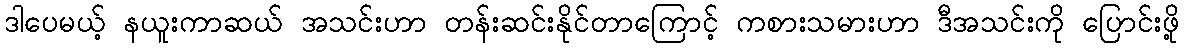
ဒါပေမယ့် နယူးကာဆယ် အသင်းဟာ တန်းဆင်းနိုင်တာကြောင့် ကစားသမားဟာ ဒီအသင်းကို ပြောင်းဖို့